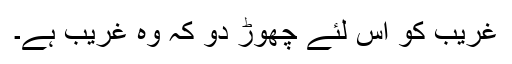
غریب کو اس لئے چھوڑ دو کہ وہ غریب ہے۔